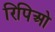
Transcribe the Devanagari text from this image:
रिपिओ